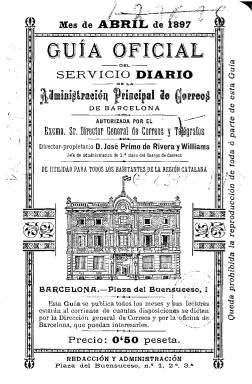
Título: Guía oficial del servicio diario de la Administración Principal de Correos de Barcelona
Otros títulos: Título: Guía oficial del servicio diario terrestre y marítimo de la Administración Principal de Correos de Barcelona, <dic 1897-oct. 1898>
Colección: Administración local || Comunicaciones || Oficios varios
Ámbito geográfico: Barcelona
Lugar de publicación: Barcelona
Fechas: 01/04/1897-30/04/1897